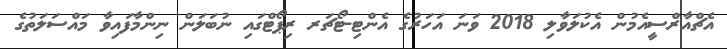
އެޗްއާރްސީއެމުން އެކުލަވާލި 2018 ވަނަ އަހަރުގެ އެންޓި-ޓޯޗަރ ރިޕޯޓްގައި ނުބަލަން ނިންމާފައިވާ މައްސަލަތުގެ